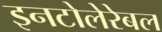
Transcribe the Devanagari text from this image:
इनटोलेरेबल